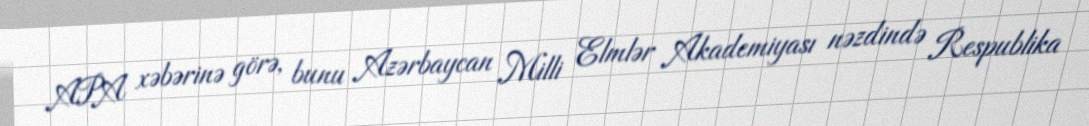
APA xəbərinə görə, bunu Azərbaycan Milli Elmlər Akademiyası nəzdində Respublika